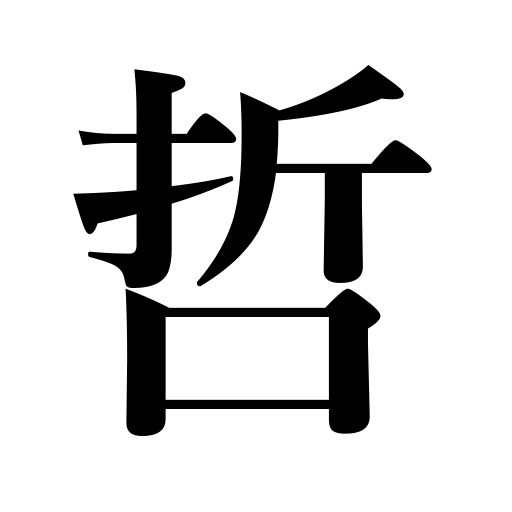
Meanings: clear